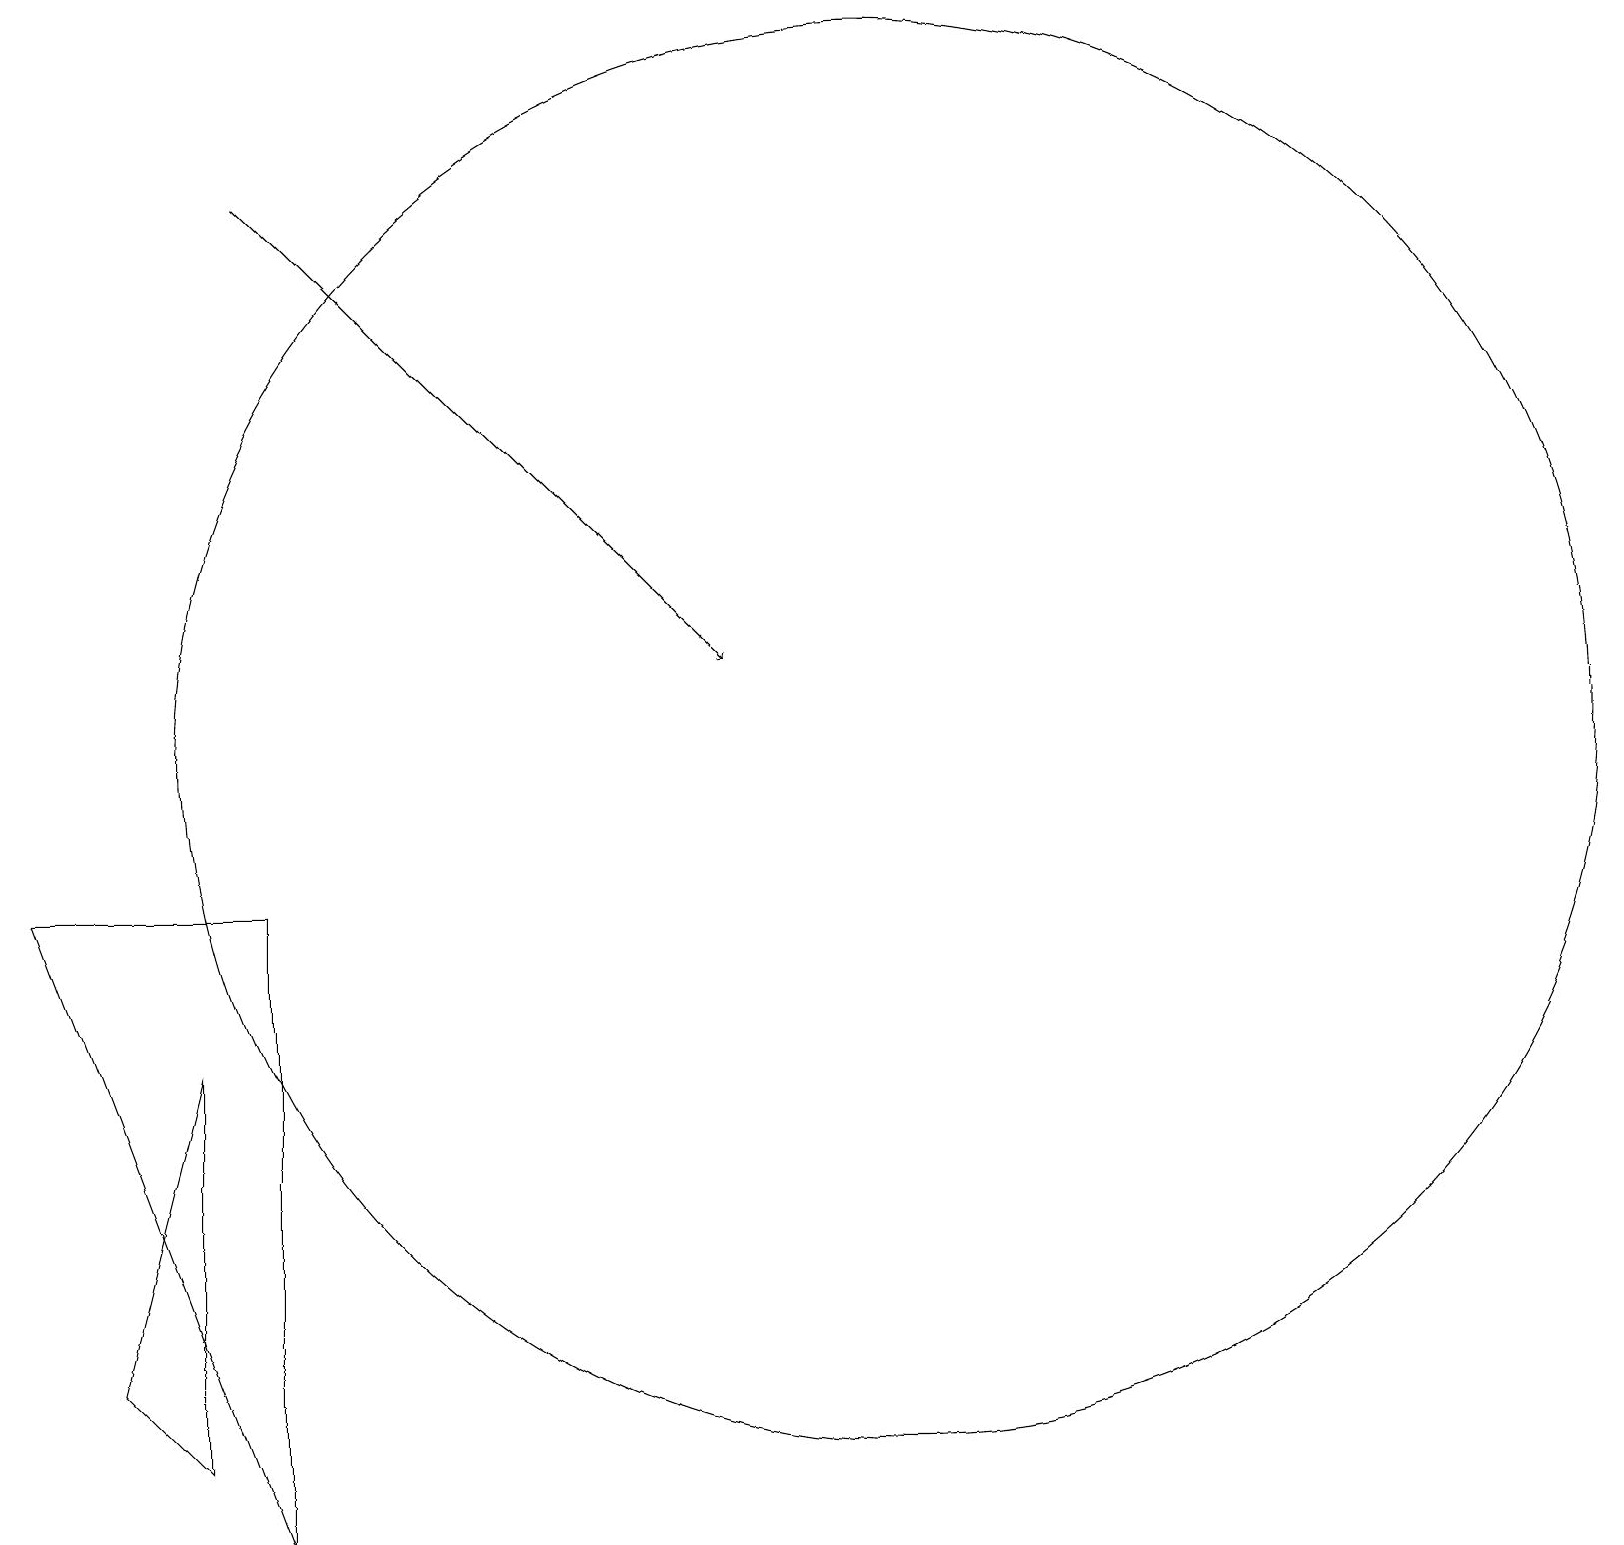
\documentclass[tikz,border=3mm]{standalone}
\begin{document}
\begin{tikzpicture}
\draw (3,9) -- (3,1) -- (0,9) -- cycle;
\draw (2,2) -- (2,7) -- (1,3) -- cycle;
\draw (11,11) circle (9);
\draw[->] (3,18) -- (9,12);
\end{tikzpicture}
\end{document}